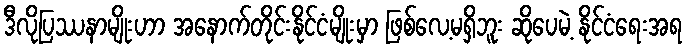
ဒီလိုပြဿနာမျိုးဟာ အနောက်တိုင်းနိုင်ငံမျိုးမှာ ဖြစ်လေ့မရှိဘူး ဆိုပေမဲ့ နိုင်ငံရေးအရ